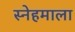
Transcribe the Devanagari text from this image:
स्नेहमाला